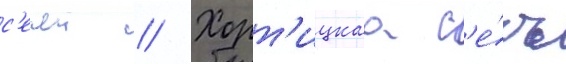
с'ечеи // Хорт'ицкаа с'е́чь